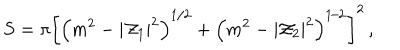
S = \pi \left[ \left( m ^ { 2 } - | { \cal Z } _ { 1 } | ^ { 2 } \right) ^ { 1 / 2 } + \left( m ^ { 2 } - | { \cal Z } _ { 2 } | ^ { 2 } \right) ^ { 1 / 2 } \right] ^ { 2 } \, ,